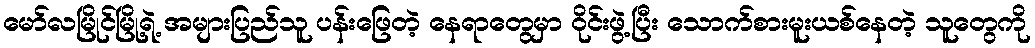
မော်လမြိုင်မြို့ရဲ့ အများပြည်သူ ပန်းဖြေတဲ့ နေရာတွေမှာ ဝိုင်းဖွဲ့ပြီး သောက်စားမူးယစ်နေတဲ့ သူတွေကို